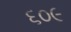
૬૦૯